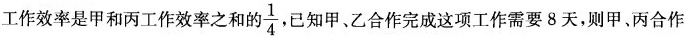
工作效率是甲和丙工作效率之和的 \frac{1}{4} 已知甲、乙合作完成这项工作需要8天，则甲、丙合作